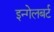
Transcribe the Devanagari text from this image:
इन्गेलबर्ट